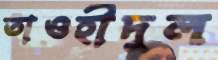
তাওহীদুল